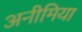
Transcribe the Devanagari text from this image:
अनीमिया